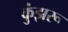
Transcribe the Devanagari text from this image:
कुंझरू